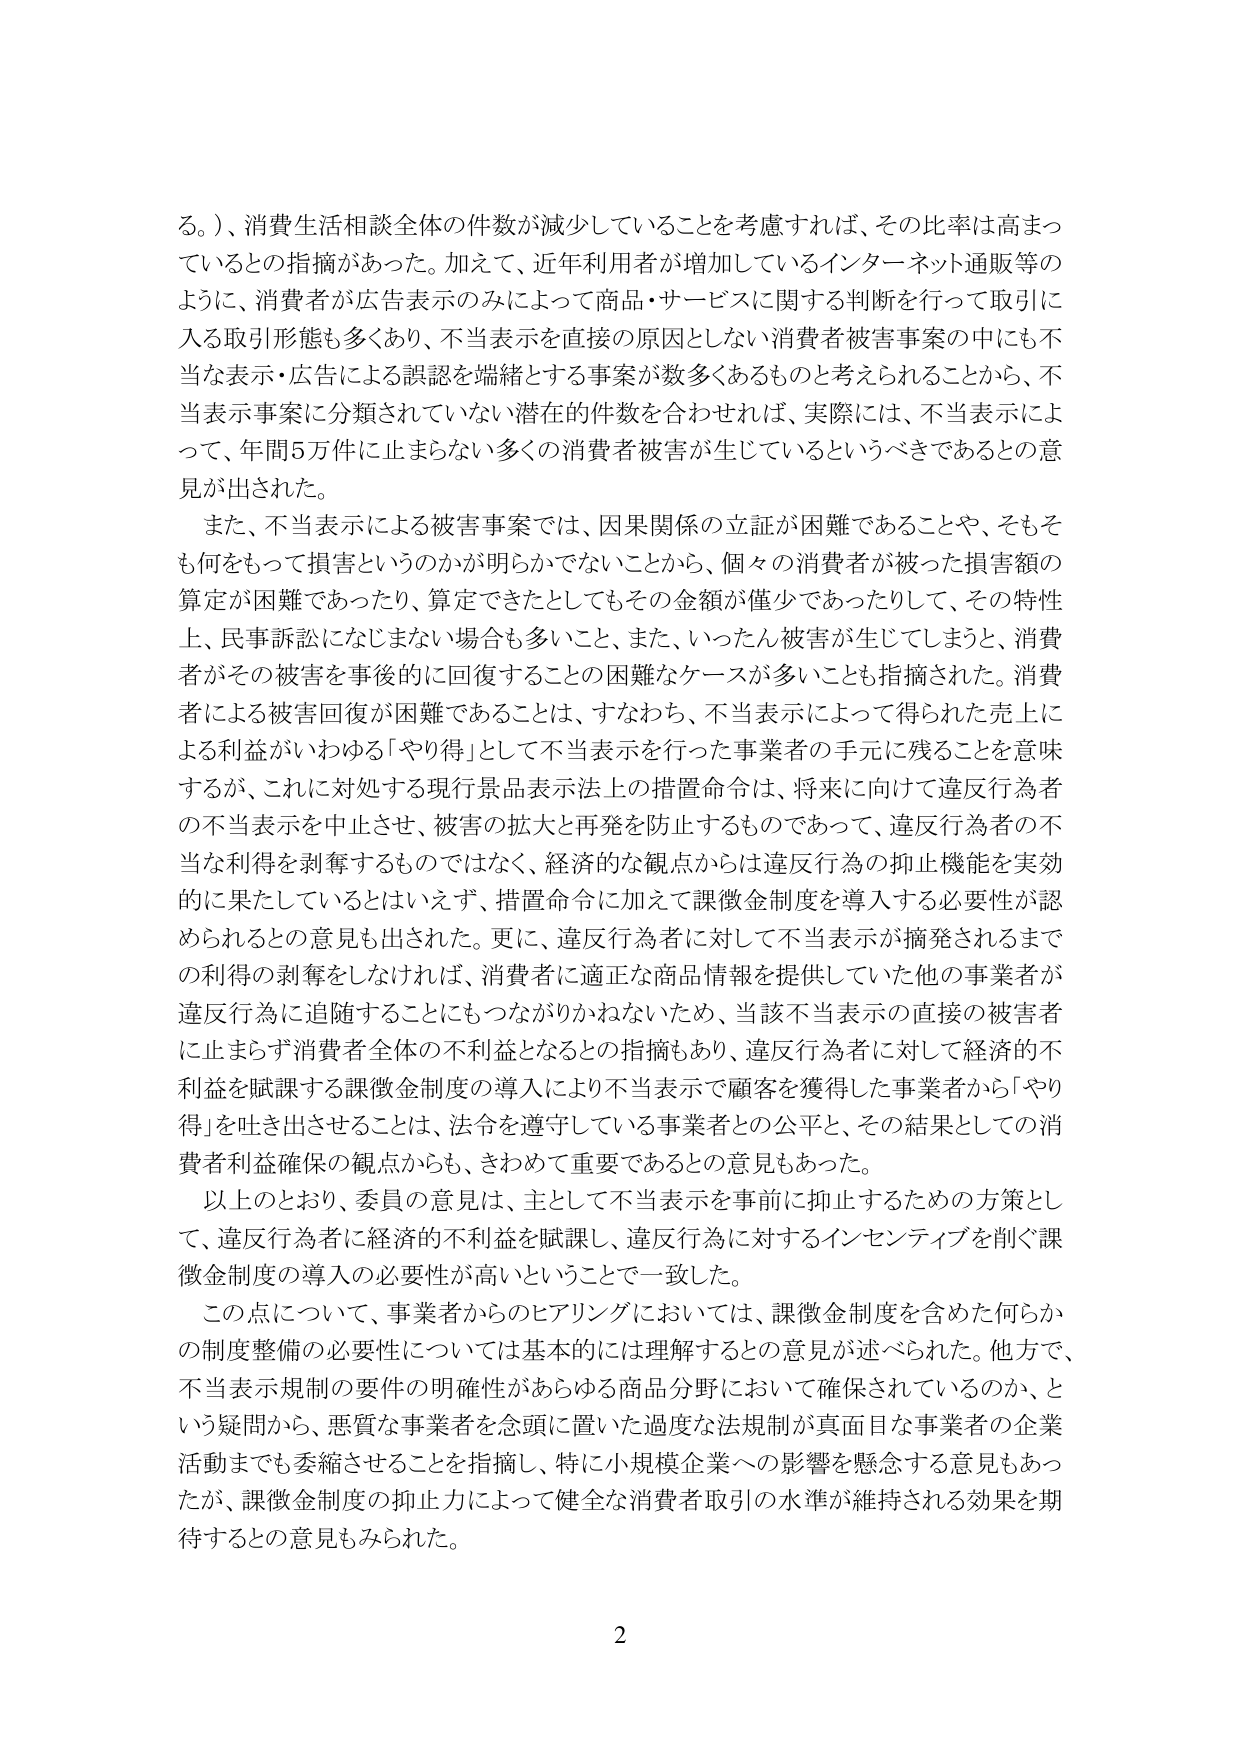
る。）、消費生活相談全体の件数が減少していることを考慮すれば、その比率は高まっているとの指摘があった。加えて、近年利用者が増加しているインターネット通販等のように、消費者が広告表示のみによって商品・サービスに関する判断を行って取引に入る取引形態も多くあり、不当表示を直接の原因としない消費者被害事案の中にも不当な表示・広告による誤認を端緒とする事案が数多くあるものと考えられることから、不当表示事案に分類されていない潜在的件数を合わせれば、実際には、不当表示によって、年間5万件に止まらない多くの消費者被害が生じているというべきであるとの意見が出された。

また、不当表示による被害事案では、因果関係の立証が困難であることや、そもそも何をもって損害というのかが明らかでないことから、個々の消費者が被った損害額の算定が困難であったり、算定できたとしてもその金額が僅少であったりして、その特性上、民事訴訟になじまない場合も多いこと、また、いったん被害が生じてしまうと、消費者がその被害を事後的に回復することの困難なケースが多いことも指摘された。消費者による被害回復が困難であることは、すなわち、不当表示によって得られた売上による利益がいわゆる「やり得」として不当表示を行った事業者の手元に残ることを意味するが、これに対処する現行景品表示法上の措置命令は、将来に向けて違反行為者の不当表示を中止させ、被害の拡大と再発を防止するものであって、違反行為者の不当な利得を剥奪するものではなく、経済的な観点からは違反行為の抑止機能を実効的に果たしているとはいえず、措置命令に加えて課徴金制度を導入する必要性が認められるとの意見も出された。更に、違反行為者に対して不当表示が摘発されるまでの利得の剥奪をしなければ、消費者に適正な商品情報を提供していた他の事業者が違反行為に追随することにもつながりかねないため、当該不当表示の直接の被害者に止まらず消費者全体の不利益となるとの指摘もあり、違反行為者に対して経済的不利益を賦課する課徴金制度の導入により不当表示で顧客を獲得した事業者から「やり得」を吐き出させることは、法令を遵守している事業者との公平と、その結果としての消費者利益確保の観点からも、きわめて重要であるとの意見もあった。

以上のとおり、委員の意見は、主として不当表示を事前に抑止するための方策として、違反行為者に経済的不利益を賦課し、違反行為に対するインセンティブを削ぐ課徴金制度の導入の必要性が高いということで一致した。

この点について、事業者からのヒアリングにおいては、課徴金制度を含めた何らかの制度整備の必要性については基本的には理解するとの意見が述べられた。他方で、不当表示規制の要件の明確性があらゆる商品分野において確保されているのか、という疑問から、悪質な事業者を念頭に置いた過度な法規制が真面目な事業者の企業活動までも委縮させることを指摘し、特に小規模企業への影響を懸念する意見もあったが、課徴金制度の抑止力によって健全な消費者取引の水準が維持される効果を期待するとの意見もみられた。

2